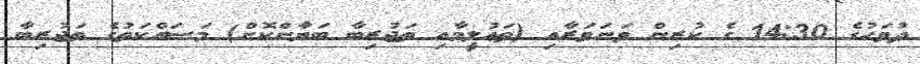
ދުވަހުގެ 14:30 ގެ ކުރިން ވަނަވަރާއި (ތަޢުލީމާއި ތަޖުރިބާ ބަޔާންކޮށް) މަސައްކަތުގެ ތަޖުރިބާ